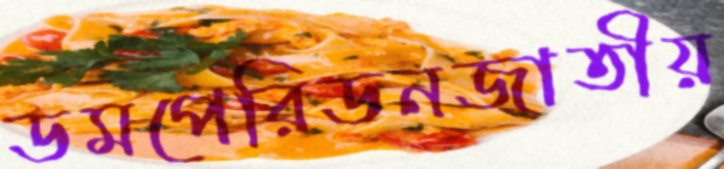
ডমপেরিডনজাতীয়